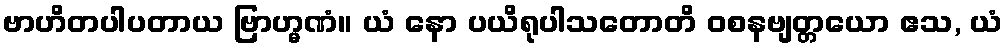
ဗာဟိတပါပတာယ ဗြာဟ္မဏံ။ ယံ နော ပယိရုပါသတောတိ ဝစနဗျတ္တယော ဧသ, ယံ